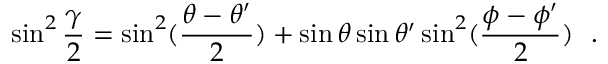
\sin ^ { 2 } { \frac { \gamma } { 2 } } = \sin ^ { 2 } ( { \frac { \theta - \theta ^ { \prime } } { 2 } } ) + \sin \theta \sin \theta ^ { \prime } \sin ^ { 2 } ( { \frac { \phi - \phi ^ { \prime } } { 2 } } ) ~ ~ .